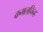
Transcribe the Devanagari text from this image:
कमलचिन्ह